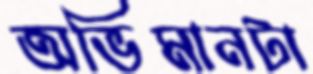
অভিমানটা